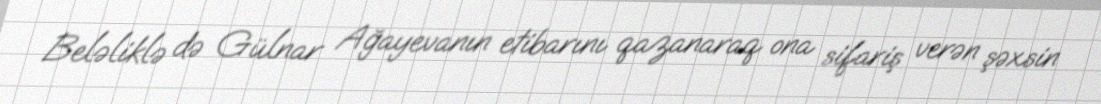
Beləliklə də Gülnar Ağayevanın etibarını qazanaraq ona sifariş verən şəxsin